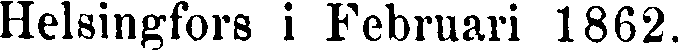
Helsingfors i Februari 1862.